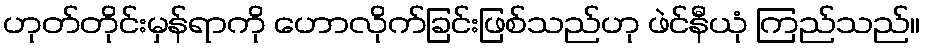
ဟုတ်တိုင်းမှန်ရာကို ဟောလိုက်ခြင်းဖြစ်သည်ဟု ဖဲင်နီယုံ ကြည်သည်။